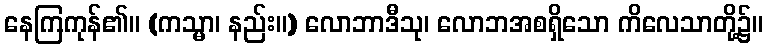
နေကြကုန်၏။ (ကသ္မာ၊ နည်း။) လောဘာဒီသု၊ လောဘအစရှိသော ကိလေသာတို့၌။